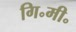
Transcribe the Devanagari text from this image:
गि॰मी॰